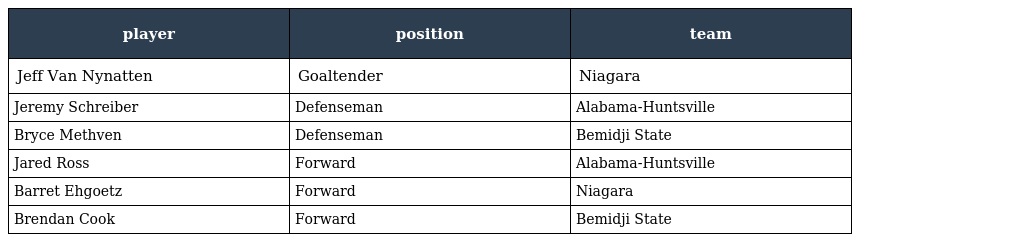
| player | position | team |
 | --- | --- | --- |
 | Jeff Van Nynatten | Goaltender | Niagara |
 | Jeremy Schreiber | Defenseman | Alabama-Huntsville |
 | Bryce Methven | Defenseman | Bemidji State |
 | Jared Ross | Forward | Alabama-Huntsville |
 | Barret Ehgoetz | Forward | Niagara |
 | Brendan Cook | Forward | Bemidji State |